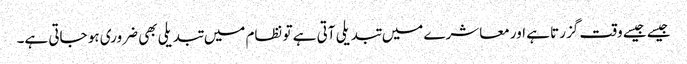
جیسے جیسے وقت گزرتا ہے اور معاشرے میں تبدیلی آتی ہے تو نظام میں تبدیلی بھی ضروری ہو جاتی ہے۔